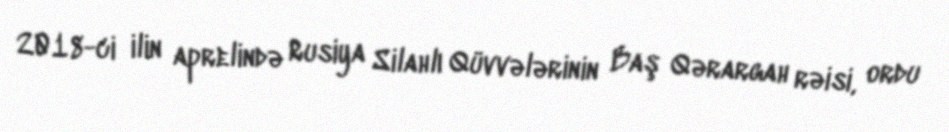
2018-ci ilin aprelində Rusiya Silahlı Qüvvələrinin Baş Qərargah rəisi, ordu